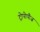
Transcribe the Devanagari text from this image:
ट्रोपोपौज़